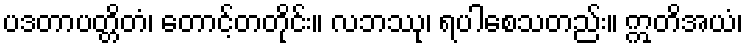
ပဒတာပတ္တိတံ၊ တောင့်တတိုင်း။ လဘဿု၊ ရပါစေသတည်း။ ဣတိအယံ၊